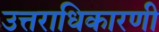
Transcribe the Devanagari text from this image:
उत्तराधिकारणी